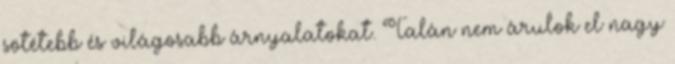
sötétebb és világosabb árnyalatokat. Talán nem árulok el nagy